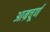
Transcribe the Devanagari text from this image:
आम्रचूर्ण